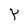
Character: Y